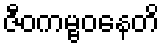
ဇီဝကမ္ဗဝနေတိ